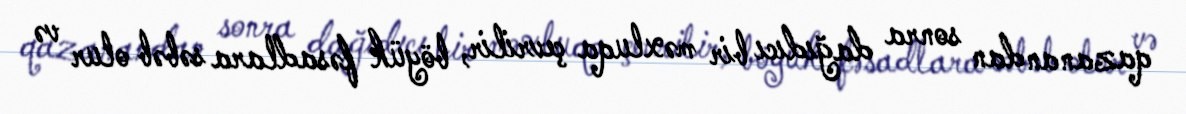
qazanandan sonra dağıdıcı bir məxluqa çevrilir, böyük fəsadlara səbəb olur və